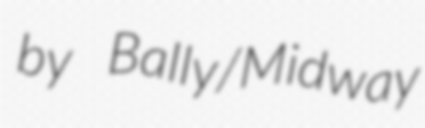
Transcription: by Bally/Midway